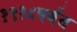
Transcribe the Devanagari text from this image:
१९१८पर्यंत